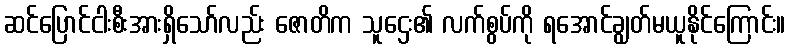
ဆင်ပြောင်ငါးစီးအားရှိသော်လည်း ဇောတိက သူဌေး၏ လက်စွပ်ကို ရအောင်ချွတ်မယူနိုင်ကြောင်း။